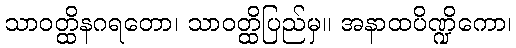
သာဝတ္ထိနဂရတော၊ သာဝတ္ထိပြည်မှ။ အနာထပိဏ္ဍိကော၊